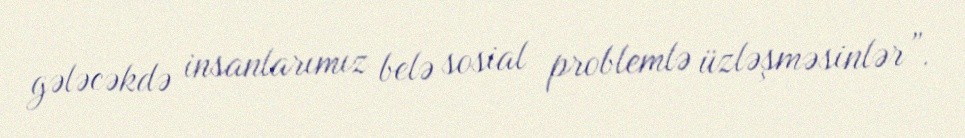
gələcəkdə insanlarımız belə sosial problemlə üzləşməsinlər”.